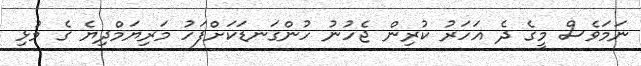
ނަމަވެސް މީގެ ދެ އަހަރު ކުރިން ޖެހުނު ހުންގަނޑަކަށްފަހު މަރިޔަމްދިޔެ ގެ މުޅި